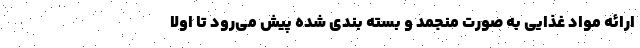
ارائه مواد غذایی به صورت منجمد و بسته بندی شده پیش می‌رود تا اولا